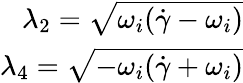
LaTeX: \begin{array}{r}{\lambda_{2}=\sqrt{\omega_{i}(\dot{\gamma}-\omega_{i})}}\\ {\lambda_{4}=\sqrt{-\omega_{i}(\dot{\gamma}+\omega_{i})}}\end{array}